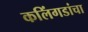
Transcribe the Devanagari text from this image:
कलिंगडांचा